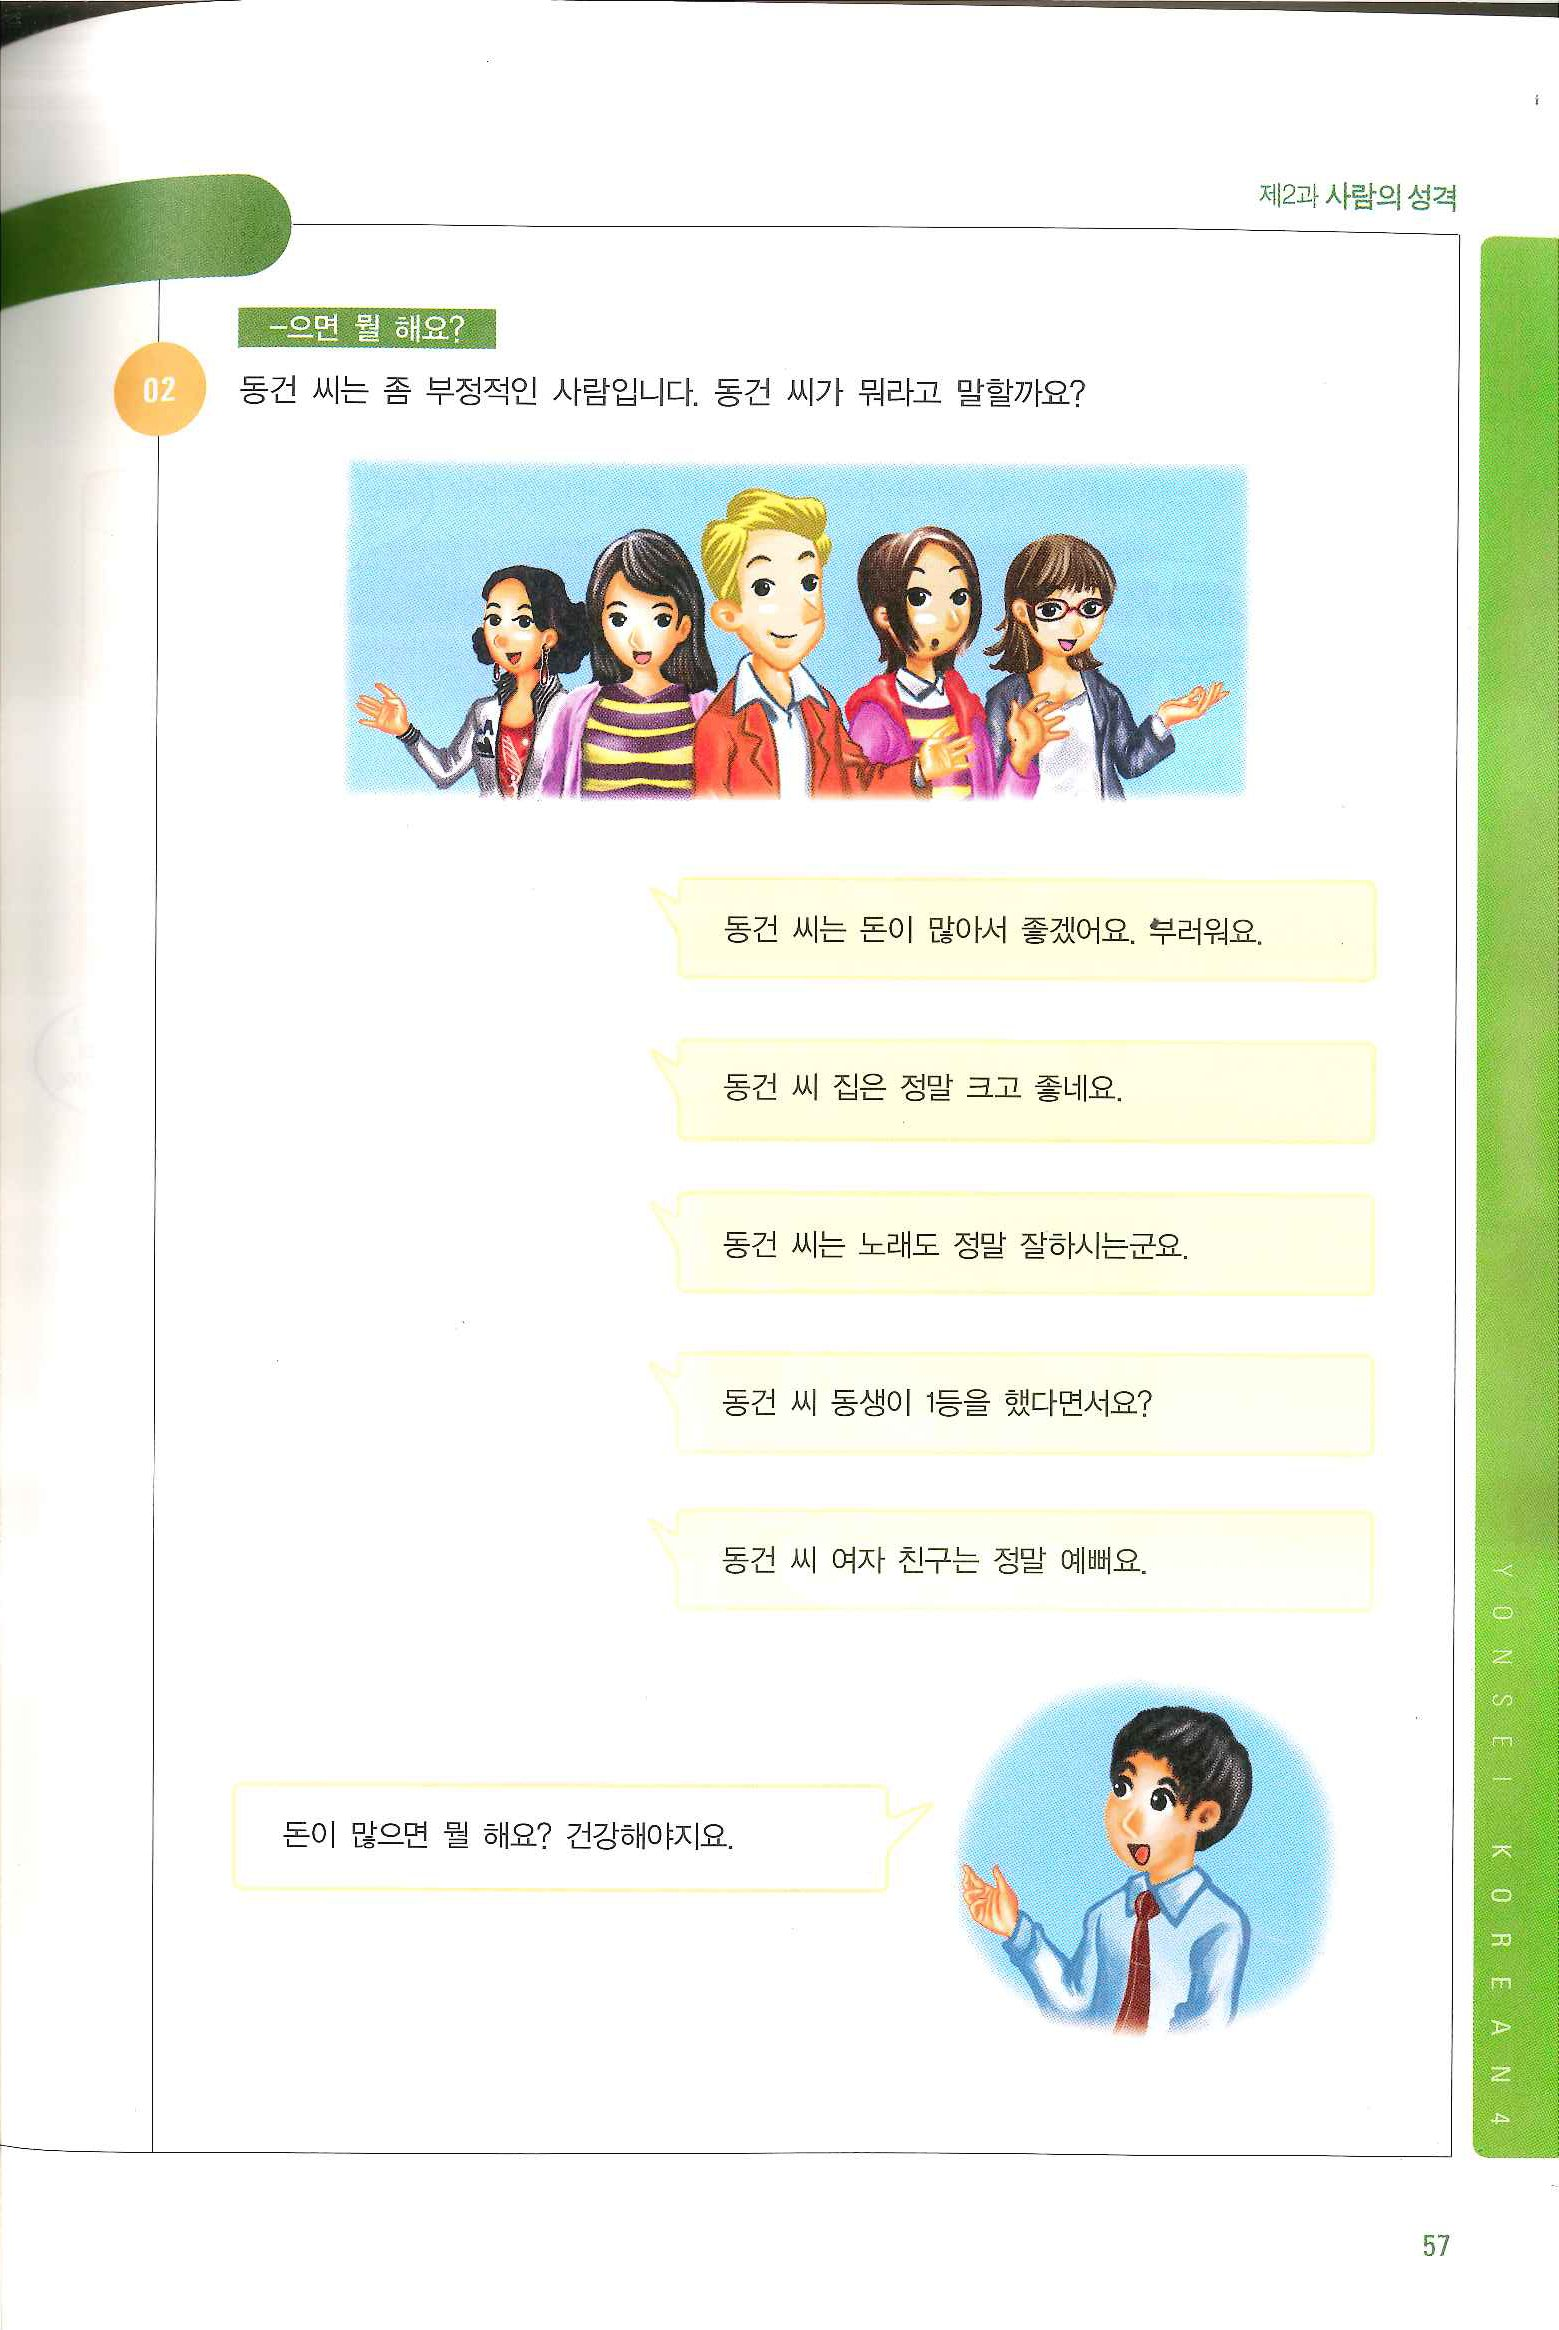
Language: ko